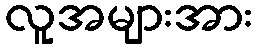
လူအများအား